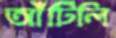
আঁটিলি